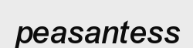
peasantess